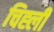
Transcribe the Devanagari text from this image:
चिह्ली